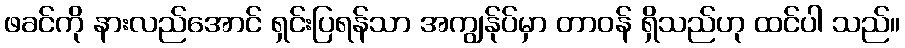
ဖခင်ကို နားလည်အောင် ရှင်းပြရန်သာ အကျွန်ုပ်မှာ တာဝန် ရှိသည်ဟု ထင်ပါ သည်။